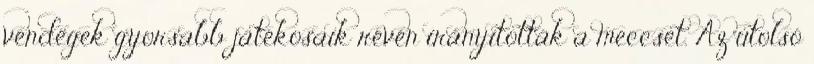
vendégek gyorsabb játékosaik révén irányították a meccset. Az utolsó